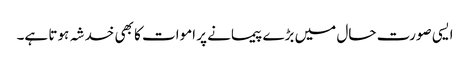
ایسی صورت حال میں بڑے پیمانے پر اموات کا بھی خدشہ ہوتا ہے۔